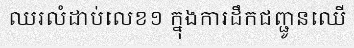
ឈរលំដាប់លេខ១ ក្នុងការដឹកជញ្ជូនឈើ